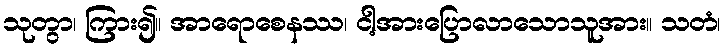
သုတွာ၊ ကြား၍။ အာရောစေနဿ၊ ငါ့အားပြောလာသောသူအား။ သတံ၊